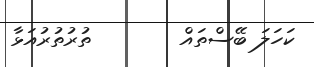
ކަހަލަ ބޭސްތައް        ތުރުތުރުއަޅާ